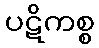
ပဋိကစ္စ